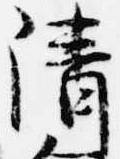
清